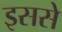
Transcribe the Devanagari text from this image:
इससेे